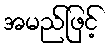
အမည်ဖြင့်